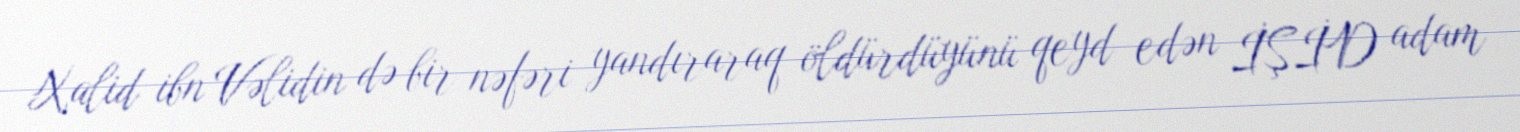
Xalid ibn Vəlidin də bir nəfəri yandıraraq öldürdüyünü qeyd edən İŞİD adam